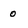
Character: 0